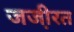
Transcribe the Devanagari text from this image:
जजी़रत